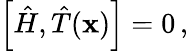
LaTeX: \left[{\hat{H}},{\hat{T}}(\mathbf{x})\right]=0\, ,